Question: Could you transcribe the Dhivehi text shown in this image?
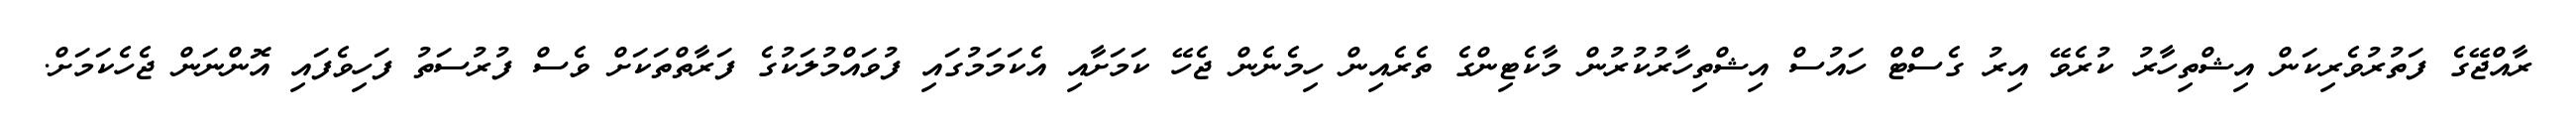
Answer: ރާއްޖޭގެ ފަތުރުވެރިކަން އިޝްތިހާރު ކުރެވޭ އިރު ގެސްޓް ހައުސް އިޝްތިހާރުކުރުން މާކެޓިންގެ ތެރެއިން ހިމެނެން ޖެހޭ ކަމަށާއި އެކަމަމުގައި ފުވައްމުލަކުގެ ފަރާތްތަކަށް ވެސް ފުރުސަތު ފަހިވެފައި އޮންނަން ޖެހެކަމަށް.